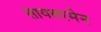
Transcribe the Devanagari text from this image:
सायबरमेन